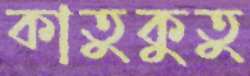
কাতুকুতু